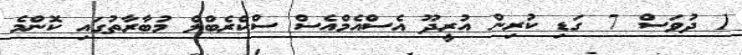
1 ދުވަސް 7 ގަޑި ކުރިން އުރީދޫ އެސްއެމްއެސް ސްކްރެބްލް މުބާރާތުގައި ކޮންމެ